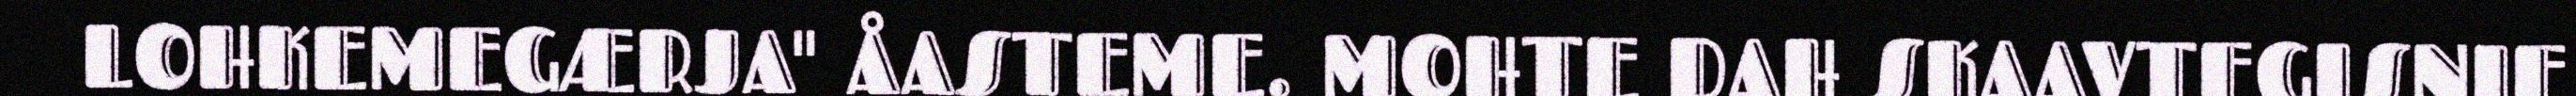
LOHKEMEGÆRJA" ÅASTEME. MOHTE DAH SKAAVTEGISNIE